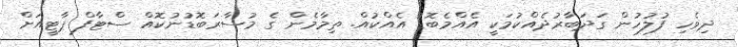
ދިވެހި ފުލުުހުން ގަދަބާރުދެއްކުމަކީ އެއްމެބޮޑު އެއްކުއް. ތިމާމެން ގެ މުސާރަބޮޑުނުކޮއް ސްޓާފް ޕާޓީއަށް